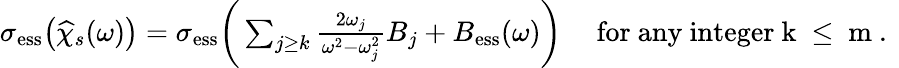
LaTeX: \begin{array}{r}{\sigma_{\textnormal{ess}}\bigr(\widehat{\chi}_{s}(\omega)\bigr)=\sigma_{\textnormal{ess}}\biggr(\sum_{j\geq k}\frac{2\omega_{j}}{\omega^{2}-\omega_{j}^{2}}B_{j}+B_{\textnormal{ess}}(\omega)\biggr)\quad\mathrm{~for~any~integer~k~\leq~m~.~}}\end{array}